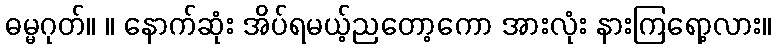
ဓမ္မဂုတ်။ ။ နောက်ဆုံး အိပ်ရမယ့်ညတော့ကော အားလုံး နားကြရော့လား။